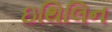
ઇથિલિન